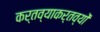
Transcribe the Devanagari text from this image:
कर्तव्याकर्तव्यों